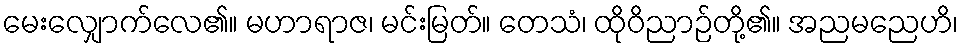
မေးလျှောက်လေ၏။ မဟာရာဇ၊ မင်းမြတ်။ တေသံ၊ ထိုဝိညာဉ်တို့၏။ အညမညေဟိ၊